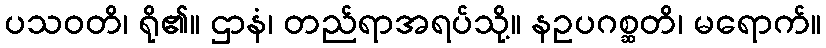
ပသဝတိ၊ ရို၏။ ဌာနံ၊ တည်ရာအရပ်သို့။ နဥပဂစ္ဆတိ၊ မရောက်။